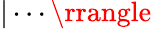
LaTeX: |\cdots\rrangle